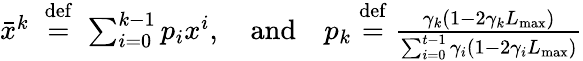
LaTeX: \begin{array}{r}{\bar{x}^{k}\; \overset{\mathrm{def}}{=}\; \sum_{i=0}^{k-1}p_{i}x^{i},\quad\mathrm{and}\quad p_{k}\overset{\mathrm{def}}{=}\frac{\gamma_{k}(1-2\gamma_{k}L_{\operatorname*{max}})}{\sum_{i=0}^{t-1}\gamma_{i}(1-2\gamma_{i}L_{\operatorname*{max}})}}\end{array}